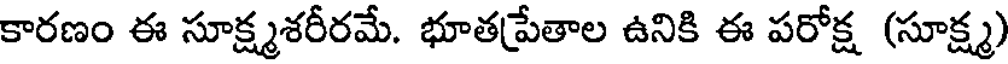
కారణం ఈ సూక్ష్మశరీరమే. భూతప్రేతాల ఉనికి ఈ పరోక్ష (సూక్ష్మ)